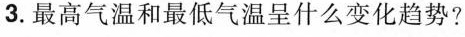
3.最高气温和最低气温呈什么变化趋势?